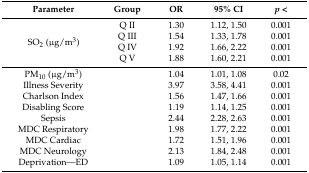
<table><thead><tr><td><b>Parameter</b></td><td><b>Group</b></td><td><b>OR</b></td><td><b>95% CI</b></td><td><b><i>p</i> &lt;</b></td></tr></thead><tbody><tr><td rowspan="4">SO<sub>2</sub> (μg/m<sup>3</sup>)</td><td>Q II</td><td>1.30</td><td>1.12, 1.50</td><td>0.001</td></tr><tr><td>Q III</td><td>1.54</td><td>1.33, 1.78</td><td>0.001</td></tr><tr><td>Q IV</td><td>1.92</td><td>1.66, 2.22</td><td>0.001</td></tr><tr><td>Q V</td><td>1.88</td><td>1.60, 2.21</td><td>0.001</td></tr><tr><td>PM<sub>10</sub> (μg/m<sup>3</sup>)</td><td></td><td>1.04</td><td>1.01, 1.08</td><td>0.02</td></tr><tr><td>Illness Severity</td><td></td><td>3.97</td><td>3.58, 4.41</td><td>0.001</td></tr><tr><td>Charlson Index</td><td></td><td>1.56</td><td>1.47, 1.66</td><td>0.001</td></tr><tr><td>Disabling Score</td><td></td><td>1.19 </td><td>1.14, 1.25</td><td>0.001</td></tr><tr><td>Sepsis</td><td></td><td>2.44</td><td>2.28, 2.63</td><td>0.001</td></tr><tr><td>MDC Respiratory</td><td></td><td>1.98</td><td>1.77, 2.22</td><td>0.001</td></tr><tr><td>MDC Cardiac</td><td></td><td>1.72</td><td>1.51, 1.96</td><td>0.001</td></tr><tr><td>MDC Neurology</td><td></td><td>2.13</td><td>1.84, 2.48</td><td>0.001</td></tr><tr><td>Deprivation—ED</td><td></td><td>1.09</td><td>1.05, 1.14</td><td>0.001</td></tr></tbody></table>